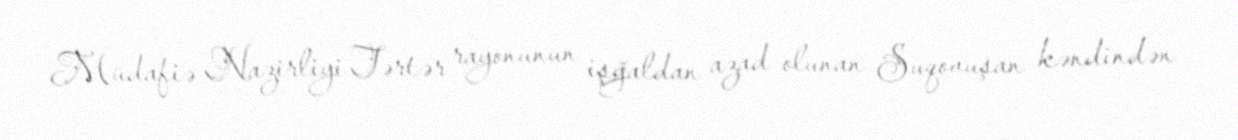
Müdafiə Nazirliyi Tərtər rayonunun işğaldan azad olunan Suqovuşan kəndindən